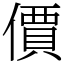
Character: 價